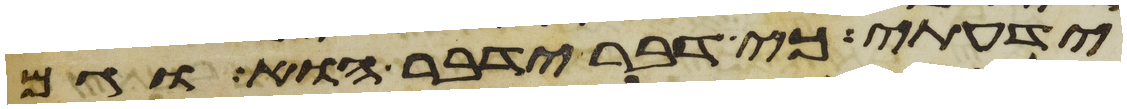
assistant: ידעתי כי דבר ידבר הוא וגם